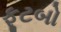
ફૂટબો